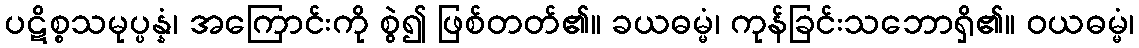
ပဋိစ္စသမုပ္ပန္နံ၊ အကြောင်းကို စွဲ၍ ဖြစ်တတ်၏။ ခယဓမ္မံ၊ ကုန်ခြင်းသဘောရှိ၏။ ဝယဓမ္မံ၊